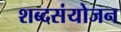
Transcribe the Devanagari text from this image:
शब्दसंयोजन